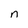
Character: n